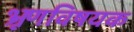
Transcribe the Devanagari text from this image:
भ्रूणविषयक